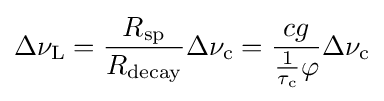
\Delta \nu _{\rm {L}}={\frac {R_{\rm {sp}}}{R_{\rm {decay}}}}\Delta \nu _{\rm {c}}={\frac {cg}{{\frac {1}{\tau _{\rm {c}}}}\varphi }}\Delta \nu _{\rm {c}}